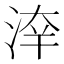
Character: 𣷟